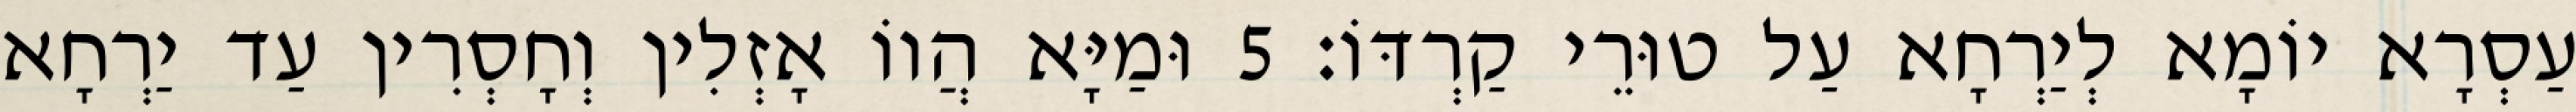
עַסְרָא יוֹמָא לְיַרְחָא עַל טוּרֵי קַרְדּוֹ׃ 5 וּמַיָּא הֲווֹ אָזְלִין וְחָסְרִין עַד יַרְחָא